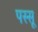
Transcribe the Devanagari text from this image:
पस्सू